Annual vaccination report of Bihar and Orissa - 1911-1928
Year: 1911
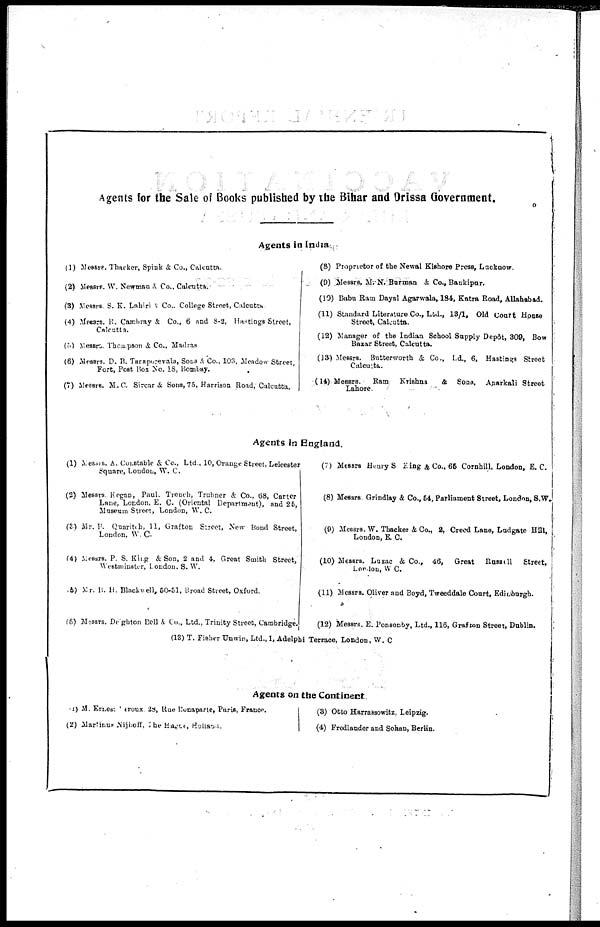
Agents for the Sale of Books published by the Bihar and Orissa Government.
Agents in India
(1) Messrs. Thacker, Spink & Co., Calcutta.
(2) Messrs. W. Newman & Co., Calcutta.
(3) Messrs. S. K. Lahiri & Co.. College Street, Calcutta.
(4) Messrs. R. Cambary & Co., 6 and 8-2, Hastings Street,
Calcutta.
(5) Messrs. Thompson & Co., Madras
(6) Messrs. D. B. Taraporevala, Sons & Co., 103, Meadow Street,
Fort, Post Box No. 18, Bombay.
(7) Messrs. M.C. Sircar & Sons,75, Harrison Road, Calcutta.
(8) Proprietor of the Newal Kishore Press, Lucknow.
(9) Messrs. M.N. Burman & Co., Bankipur.
(10) Babu Ram Dayal Agarwala, 184, Katra Road, Allahabad.
(11) Standard Literature Co., Ltd., 13/1, Old Court House
Street, Calcutta.
(12) Manager of the Indian School Supply Depôt, 309, Bow
Bazar Street, Calcutta.
(13) Messrs. Butterworth & Co., Ld., 6, Hastings Street
Calcutta.
(14) Messrs. Ram Krishna
& Sons, Anarkali Street
Lahore.
Agents in England.
(1) Messrs. A. Constable & Co., Ltd., 10, Orange Street, Leicester
Square, London, W. C.
(2) Messrs. Kegan, Paul. Trench, Trubner & Co., 68, Carter
Lane, London, E. C. (Oriental Department), and 25,
Museum Street, London, W. C.
(3) Mr. R. Quaritch, 11, Grafton Street, New Bond Street,
London, W. C.
(4) Messrs. P. S. King & Son, 2 and 4, Great Smith Street,
Westminster, London. S. W.
(5) Mr. B. H. Blackwell, 50-51, Broad Street, Oxford.
(6) Messrs. Deighton Bell & Co., Ltd., Trinity Street, Cambridge.
(7) Messrs. Henry S King & Co., 65 Cornhill, London, E. C.
(8) Messrs. Grindlay & Co., 54, Parliament Street, London, S.W.
(9) Messrs. W. Thacker & Co., 2, Creed Lane, Ludgate Hill,
London, E. C.
(10) Messrs. Luzac & Co., 46, Great Russell
Street,
London, W. C.
(11) Messrs. Oliver and Boyd, Tweeddale Court, Edinburgh.
(12) Messrs. E. Ponsonby, Ltd., 116, Grafton Street, Dublin.
(13) T. Fisher Unwin, Ltd., 1, Adelphi Terrace, London, W. C
Agents on the Continent.
(1) M. Ernest Leroux 28, Rue Donaparte, Paris, France.
(2) Martinus Nijhoff, The Hague, Holland.
(3) Otto Harrassowitz, Leipzig.
(4) Fredlander and Sohan, Berlin.